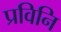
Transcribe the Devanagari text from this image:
प्रविनि